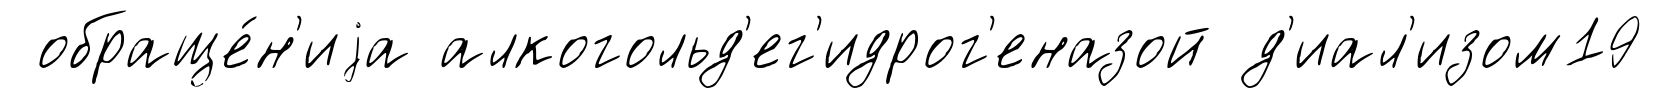
обраще́н'иjа алкогольд'ег'идрог'еназой д'иал'изом19